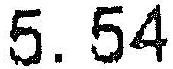
5.54